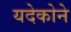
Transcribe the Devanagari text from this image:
यदेकोने